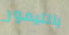
بالتيمور